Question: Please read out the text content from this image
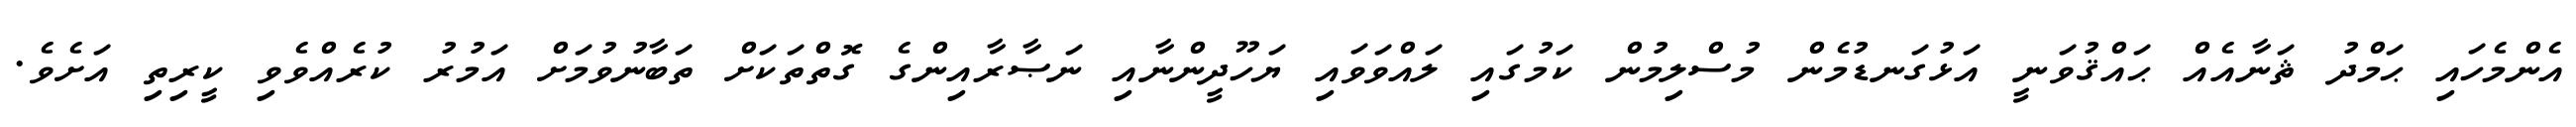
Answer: އެންމެހައި ޙަމްދު ޘަނާއެއް ޙައްޤުވަނީ އަޅުގަނޑުމެން މުސްލިމުން ކަމުގައި ލައްވަވައި ޔަހޫދީންނާއި ނަޞާރާއިންގެ ގޮތްތަކަށް ތަބާނުވުމަށް އަމުރު ކުރެއްވެވި ކީރިތި އަށެވެ.